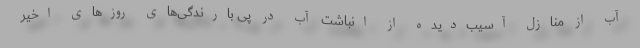
آب از منازل آسیب‌دیده از انباشت آب در پی بارندگی‌های روزهای اخیر